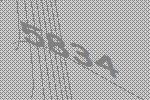
5834